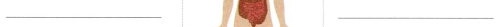
___ ___